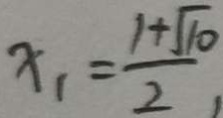
x _ { 1 } = \frac { 1 + \sqrt { 1 0 } } { 2 , }